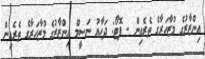
އިންޒާރުގެ މުޒާހަރާގެ ތެރެއިން - ފޮޓޯ: ދަހާއު ނަސީމް އިންޒާރުގެ މުޒާހަރާގެ ތެރެއިން